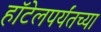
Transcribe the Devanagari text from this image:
हॉटेलपर्यंतच्या